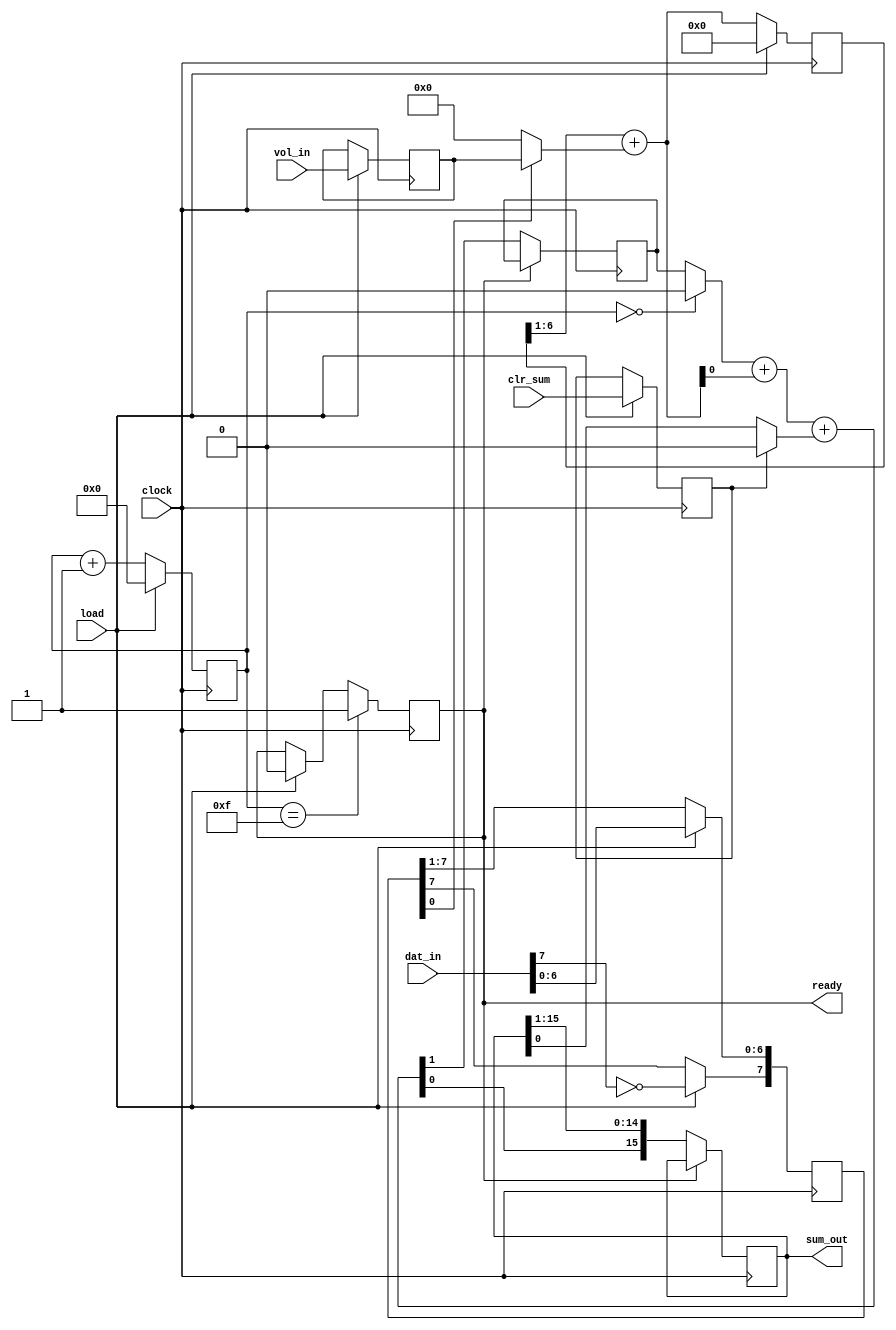
module sound_mulacc_1(
	clock,   
	vol_in,  
	dat_in,  
	load,    
	clr_sum, 
	ready,   
	sum_out  
);
	input clock;
	input [5:0] vol_in;
	input [7:0] dat_in;
	input load;
	input clr_sum;
	output reg ready;
	output reg [15:0] sum_out;
	wire [5:0] add_data;
	wire [6:0] sum_unreg;
	reg [6:0] sum_reg;
	reg [7:0] shifter;
	reg [5:0] adder;
	wire   mul_out;
	reg [3:0] counter;
	reg clr_sum_reg;
	wire [1:0] temp_sum;
	wire carry_in;
	wire old_data_in;
	reg old_carry;
	always @(posedge clock)
	begin
		if( load )
			ready <= 1'b0;
		if( counter[3:0] == 4'd15 )
			ready <= 1'b1;
		if( load )
			counter <= 4'd0;
		else
			counter <= counter + 4'd1;
	end
	assign add_data = ( shifter[0] ) ? adder : 6'd0; 
	assign sum_unreg[6:0] = sum_reg[6:1] + add_data[5:0]; 
	assign mul_out = sum_unreg[0];
	always @(posedge clock)
	begin
		if( !load ) 
		begin
			sum_reg[6:0] <= sum_unreg[6:0];
			shifter[6:0] <= shifter[7:1];
		end
		else 
		begin
			sum_reg[6:0] <= 7'd0;
			shifter[7]   <= ~dat_in[7];   
			shifter[6:0] <=  dat_in[6:0];
			adder <= vol_in;
		end
	end
	always @(posedge clock)
	begin
		if( load )
			clr_sum_reg <= clr_sum;
	end
	assign carry_in = (counter==4'd0) ? 1'b0 : old_carry;
	assign old_data_in = (clr_sum_reg) ? 1'b0 : sum_out[0];
	assign temp_sum[1:0] = carry_in + mul_out + old_data_in;
	always @(posedge clock)
	begin
		if( !ready )
		begin
			sum_out[15:0] <= { temp_sum[0], sum_out[15:1] };
			old_carry <= temp_sum[1];
		end
	end
endmodule